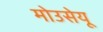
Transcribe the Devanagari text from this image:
मोउसेयू